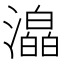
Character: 㵿